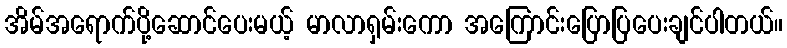
အိမ်အရောက်ပို့ဆောင်ပေးမယ့် မာလာရှမ်းကော အကြောင်းပြောပြပေးချင်ပါတယ်။